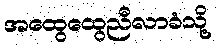
အထွေထွေညီလာခံသို့